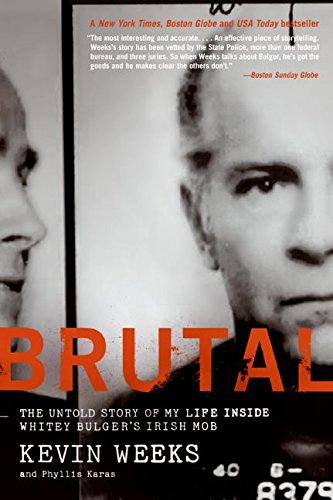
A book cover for Brutal: The Untold Story of My Life Inside Whitey Bulger's Irish Mob; Kevin Weeks; Biographies & Memoirs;